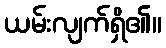
ယမ်းလျက်ရှိ၏။